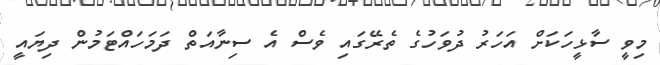
މިވީ ސާޅީހަކަަށް އަހަރު ދުވަހުގެ ތެރޭގައި ވެސް އެ ސިނާއަތް ދަމަހައްޓަމުން ދިޔައީ